Lunatic asylums Central Provinces reports 1874-1885 - 1874-1885
Year: 1874
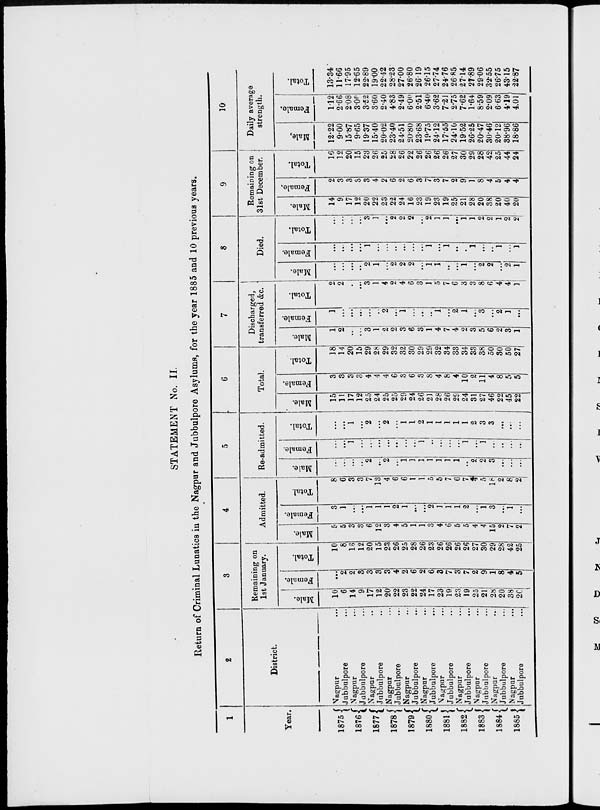
STATEMENT No. II.
Return of Criminal Lunatics in the Nagpur and Jubbulpore Asylums, for the year 1885 and 10 previous years.
1
Year.
1875
1876
1877
1878
1879
1880
1881
1882
1883
1884
1885
2
District.
Nagpur ...
Jubbulpore ...
Nagpur ...
Jubbulpore ...
Nagpur ...
Jubbulpore ...
Nagpur ...
Jubbulpore ...
Nagpur ...
Jubbulpore ...
Nagpur ...
Jubbulpore ...
Nagpur ...
Jubbulpore ...
Nagpur ...
Jubbulpore ...
Nagpur ...
Jubbulpore ...
Nagpur ...
Jubbulpore ...
Nagpur ...
Jubbulpore ...
3
Remaining on
1st January.
Male.
10
6
14
9
17
12
20
22
23
22
24
17
23
19
23
19
25
21
28
20
38
20
Female.
...
2
2
3
3
3
3
4
2
6
2
6
3
7
3
7
2
9
1
8
4
5
Total.
10
8
16
12
20
15
23
26
25
28
26
23
26
26
26
26
27
30
29
28
42
25
4
Admitted.
Male.
5
5
3
3
6
12
3
4
5
1
1
3
4
6
5
5
4
4
15
2
7
2
Female.
3
1
...
...
1
1
1
2
1
...
...
2
1
1
1
2
...
1
3
...
1
...
Total.
8
6
3
3
7
13
4
6
6
1
1
5
5
7
6
7
4
5
18
2
8
2
5
Re-admitted.
Male.
...
...
...
...
2
...
2
...
1
1
1
1
1
1
1
...
2
2
3
...
...
...
Female.
...
...
1
...
...
...
...
...
...
...
1
...
...
...
...
1
...
1
...
...
...
...
Total.
...
...
1
...
2
...
2
...
1
1
2
1
1
1
1
1
2
3
3
...
...
...
6
Total.
Male.
15
11
17
12
25
24
25
25
29
24
26
21
28
26
29
24
31
27
46
22
45
22
Female.
3
3
3
3
4
4
4
6
3
6
3
8
4
8
4
10
2
11
4
8
5
5
Total.
18
14
20
15
29
28
29
32
32
30
29
29
32
34
33
34
33
38
50
30
50
27
7
Discharged,
transferred &c.
Male.
1
2
...
...
3
1
2
2
3
6
3
1
4
7
4
2
3
5
6
2
3
1
Female.
1
...
...
...
...
...
2
...
1
...
...
...
1
...
2
1
...
3
...
2
1
...
Total.
2
2
...
...
3
1
4
2
4
6
3
1
5
7
6
3
3
8
6
4
4
1
8
Died.
Male.
...
...
...
...
2
1
...
2
2
2
...
1
1
...
...
1
...
2
2
...
2
1
Female.
...
...
...
...
1
...
...
...
...
...
...
1
...
1
...
...
1
...
...
1
...
1
Total.
...
...
...
...
3
1
...
2
2
2
...
2
1
1
...
1
1
2
2
1
2
2
9
Remaining on
31st December.
Male.
14
9
17
12
20
22
23
22
24
16
23
19
23
19
25
21
28
20
38
20
40
20
Female.
2
3
3
3
3
4
2
6
2
6
3
7
3
7
2
9
1
8
4
5
4
4
Total.
16
12
20
15
23
26
25
28
26
22
26
26
26
26
27
30
29
28
42
25
44
24
10
Daily average
strength.
Male.
12.22
9.00
15.87
9.65
19.37
15.40
20.02
23.40
24.51
20.80
23.68
19.75
24.12
17.55
24.10
19.52
26.25
20.47
30.46
20.12
38.96
18.86
Female.
1.12
2.66
2.08
3.09
3.52
3.60
2.40
4.83
2.49
6.00
2.51
6.40
3.62
7.21
2.75
7.62
1.64
8.59
2.09
6.63
4.19
4.01
Total.
13.34
11.66
17.95
12.65
22.89
19.00
22.42
28.23
27.00
26.80
26.19
26.15
27.74
24.76
26.85
27.14
27.89
29.06
32.55
26.75
43.15
22.87